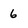
Character: 6